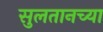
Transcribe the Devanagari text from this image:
सुलतानच्या